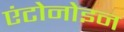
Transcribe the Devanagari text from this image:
एंटोनोइन